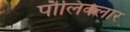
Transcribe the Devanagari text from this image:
पौलिक्लार